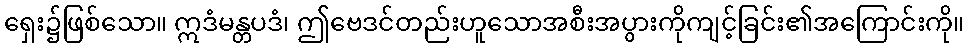
ရှေး၌ဖြစ်သော။ ဣဒံမန္တပဒံ၊ ဤဗေဒင်တည်းဟူသောအစီးအပွားကိုကျင့်ခြင်း၏အကြောင်းကို။